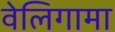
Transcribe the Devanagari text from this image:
वेलिगामा